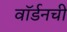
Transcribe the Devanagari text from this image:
वॉर्डनची